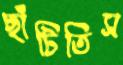
ছাঁটিতিস